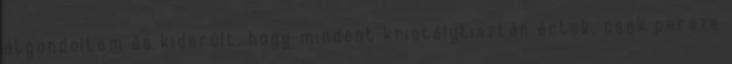
átgondoltam és kiderült, hogy mindent kristálytisztán értek, csak persze